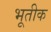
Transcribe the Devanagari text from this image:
भूतीक